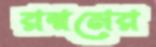
রম্নমের